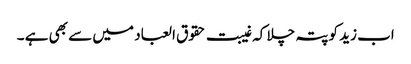
اب زید کو پتہ چلا کہ غیبت حقوق العباد میں سے بھی ہے ۔